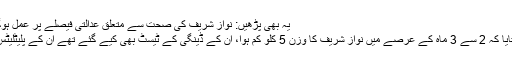
یہ بھی پڑھیں: نواز شریف کی صحت سے متعلق عدالتی فیصلے پر عمل ہوگا، فردوس عاشق اعوان
ڈاکٹر محمود ایاز نے بتایا کہ 2 سے 3 ماہ کے عرصے میں نواز شریف کا وزن 5 کلو کم ہوا، ان کے ڈینگی کے ٹیسٹ بھی کیے گئے تھے ان کے پلیٹلیٹس مسلسل کم ہورہے ہیں۔